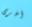
أخرى